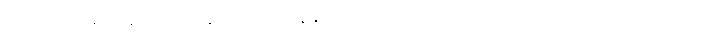
သို့သော် ဘုရင့်နောင် အလွန်သားတော် နန္ဒဘုရင်ငါးဆူဒယကာ လက်ထက်တွင် လက်အောက်ခံ